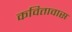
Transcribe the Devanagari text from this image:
कवितावास